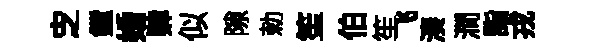
㝎鏜婚肄似隙勅笙伯笙飞湊澗詣戎